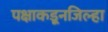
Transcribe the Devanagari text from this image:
पक्षाकडूनजिल्हा